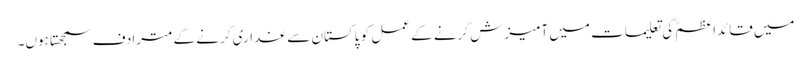
میں قائداعظمؒ کی تعلیمات میں آمیزش کرنے کے عمل کو پاکستان سے غداری کرنے کے مترادف سمجھتا ہوں۔